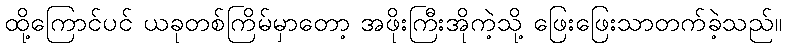
ထို့ကြောင်ပင် ယခုတစ်ကြိမ်မှာတော့ အဖိုးကြီးအိုကဲ့သို့ ဖြေးဖြေးသာတက်ခဲ့သည်။